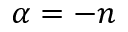
\alpha = - n